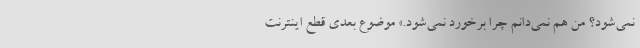
نمي‌شود؟ من هم نمي‌دانم چرا برخورد نمي‌شود.» موضوع بعدي قطع اينترنت